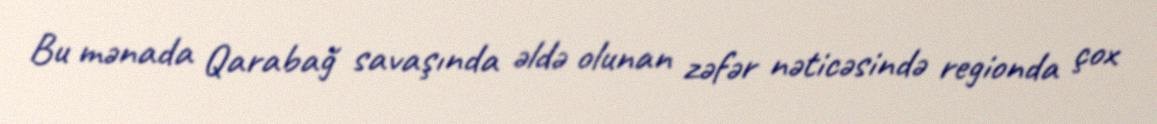
Bu mənada Qarabağ savaşında əldə olunan zəfər nəticəsində regionda çox